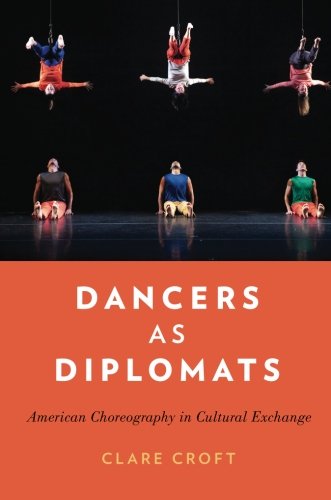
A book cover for Dancers as Diplomats: American Choreography in Cultural Exchange; Clare Croft; Humor & Entertainment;